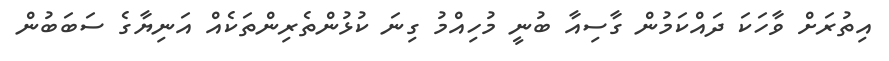
އިތުރަށް ވާހަކަ ދައްކަމުން ގާސިއާ ބުނީ މުހިއްމު ގިނަ ކުޅުންތެރިންތަކެއް އަނިޔާގެ ސަބަބުން